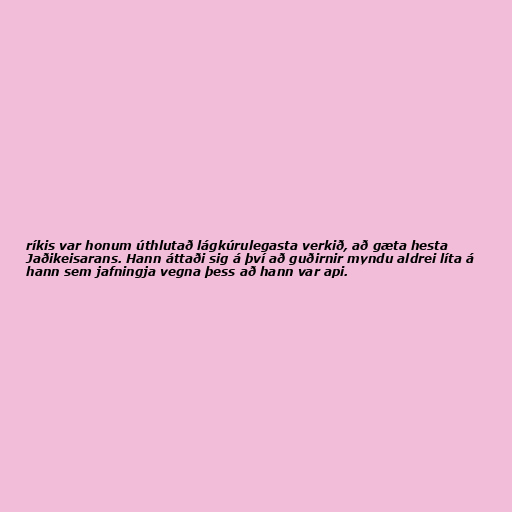
ríkis var honum úthlutað lágkúrulegasta verkið, að gæta hesta
Jaðikeisarans. Hann áttaði sig á því að guðirnir myndu aldrei líta á
hann sem jafningja vegna þess að hann var api.